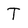
Character: T